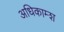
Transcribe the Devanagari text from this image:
अधिकाम्श